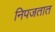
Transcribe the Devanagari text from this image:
निपजतात